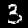
Label: 3